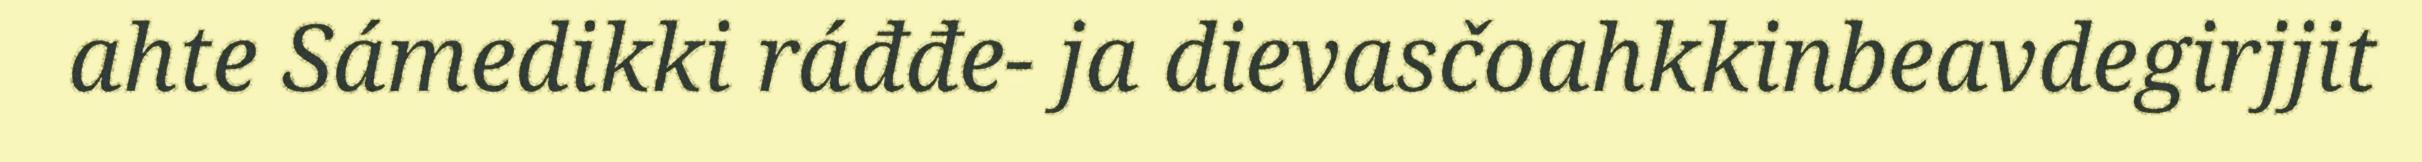
ahte Sámedikki ráđđe- ja dievasčoahkkinbeavdegirjjit